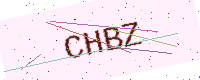
Text: CHBZ